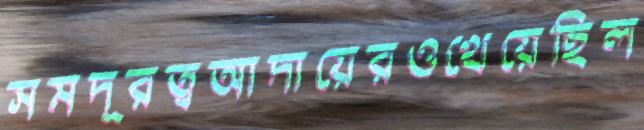
সমদূরত্বআদায়েরওখেয়েছিল